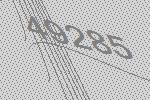
49285